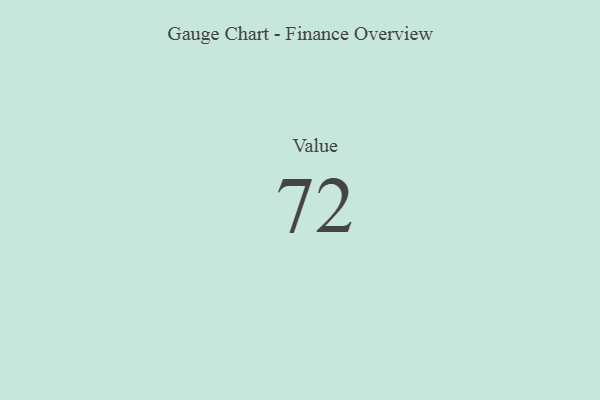
{"axis": {"x": "Metric", "y": "Value"}, "legend": [""], "data": [{"x": "Value", "y": 72, "type": ""}]}